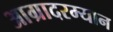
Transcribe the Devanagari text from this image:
आग्रादरम्यान